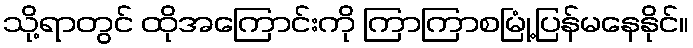
သို့ရာတွင် ထိုအကြောင်းကို ကြာကြာစမြုံ့ပြန်မနေနိုင်။